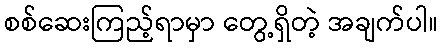
စစ်ဆေးကြည့်ရာမှာ တွေ့ရှိတဲ့ အချက်ပါ။